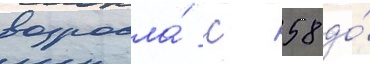
возросла́ с 58 до́